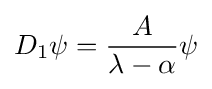
D_{1}\psi ={\frac {A}{\lambda -\alpha }}\psi